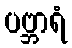
ပဗ္ဘာရံ